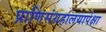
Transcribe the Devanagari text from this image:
प्राणिसंग्रहालयापेक्षा